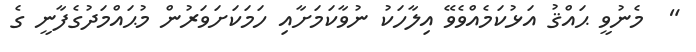
"  މެނުވީ ޙައްޤު އަޅުކަމެއްވެވޭ އިލާހަކު ނުވާކަމަށާއި ހަމަކަށަވަރުން މުޙައްމަދުގެފާނީ ގެ